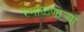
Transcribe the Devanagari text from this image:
रेंगाळणार्‍या